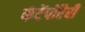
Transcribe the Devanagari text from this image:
कंटेंपोरैरी